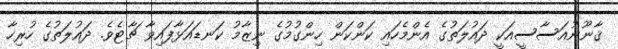
ޤާނޫނުއަސާސީއަކީ ދައުލަތުގެ އެންމެހައި ކަންކަން ހިންގުމުގެ ނިޒާމު ކަނޑައަޅާފައިވާ ޗާޓެވެ. ދައުލަތުގެ ހުރިހާ